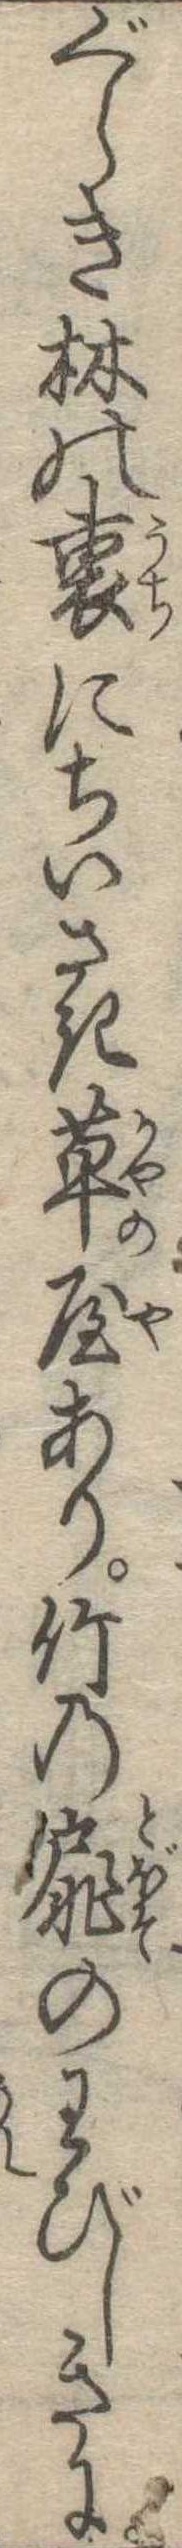
ぐらき林の裏にちいさき草屋あり竹の扉のわびしきに